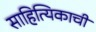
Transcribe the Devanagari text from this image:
साहित्यिकाची